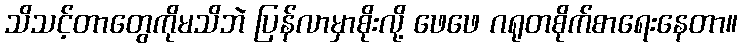
သိသင့်တာတွေကိုမသိဘဲ ပြန်လာမှာစိုးလို့ ဖေဖေ ဂရုတစိုက်စာရေးနေတာ။